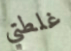
غلطتي